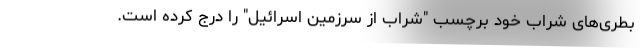
بطری‌های شراب خود برچسب "شراب از سرزمین اسرائیل" را درج کرده است.